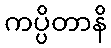
ကပ္ပိတာနိ